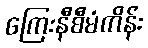
ကြေးနီစီမံကိန်း